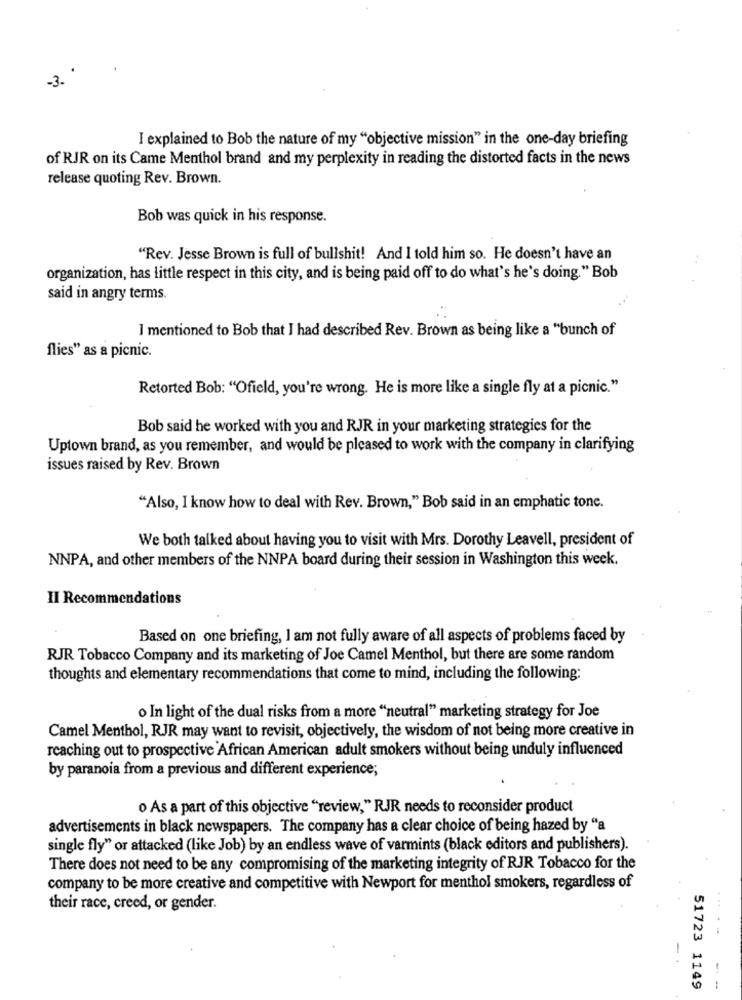
-3.
I explained to Bob the nature of my "objective mission" in the one-day briefing
of RJR on its Came Menthol brand and my perplexity in reading the distorted facts in the news
release quoting Rev. Brown.
Bob was quick in his response.
"Rev. Jesse Brown is full of bullshit! And I told him so. He doesn't have an
organization, has little respect in this city, and is being paid off to do what's he's doing. " Bob
said in angry terms.
I mentioned to Bob that I had described Rev. Brown as being like a "bunch of
flies" as a picnic.
Retorted Bob: "Ofield, you're wrong. He is more like a single fly at a picnic."
Bob said he worked with you and RJR in your marketing strategies for the
Uptown brand, as you remember, and would be pleased to work with the company in clarifying
issues raised by Rev. Brown
"Also, I know how to deal with Rev. Brown," Bob said in an emphatic tonc.
We both talked about having you to visit with Mrs. Dorothy Leavell, president of
NNPA, and other members of the NNPA board during their session in Washington this week.
II Recommendations
Based on one briefing, I am not fully aware of all aspects of problems faced by
RJR Tobacco Company and its marketing of Joe Camel Menthol, but there are some random
thoughts and elementary recommendations that come to mind, including the following:
o In light of the dual risks from a more "neutral" marketing strategy for Joe
Camel Menthol, RJR may want to revisit, objectively, the wisdom of not being more creative in
reaching out to prospective African American adult smokers without being unduly influenced
by paranoia from a previous and different experience;
o As a part of this objective "review," RJR needs to reconsider product
advertisements in black newspapers. The company has a clear choice of being hazed by "a
single fly" or attacked (like Job) by an endless wave of varmints (black editors and publishers).
There does not need to be any compromising of the marketing integrity of RJR Tobacco for the
company to be more creative and competitive with Newport for menthol smokers, regardless of
their race, creed, or gender.
-
51723 1149
--